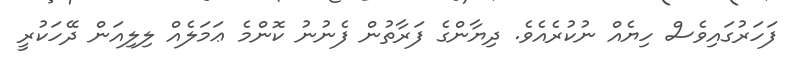
ފަހަރުގައިވެސް ހިޔެއް ނުކުރެއެވެ. ދިޔާންގެ ފަރާތުން ފެނުނު ކޮންމެ ޢަމަލެއް ލިލިއަން ދޭހަކުރީ